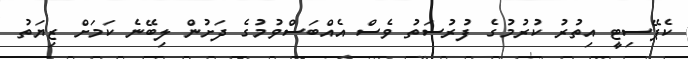
ކެޕޭސިޓީ އިތުރު ކުރުމުގެ ފުރުސަތު ވެސް އެއްބަސްވުމުގެ ދަށުން ލިބޭނެ ކަމަށް ޒިޔަތު